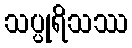
သပ္ပုရိသဿ